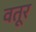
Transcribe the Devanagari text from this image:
वतूर